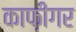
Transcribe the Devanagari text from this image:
काफ़ीगर